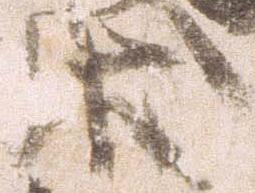
状